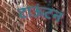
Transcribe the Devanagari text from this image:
टाऊंटन